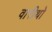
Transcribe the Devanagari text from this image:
वारीथो